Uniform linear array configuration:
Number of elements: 8
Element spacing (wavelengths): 0.5
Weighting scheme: cosine
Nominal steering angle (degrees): -60
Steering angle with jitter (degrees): -61.349
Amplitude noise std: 0.05
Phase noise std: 0.05

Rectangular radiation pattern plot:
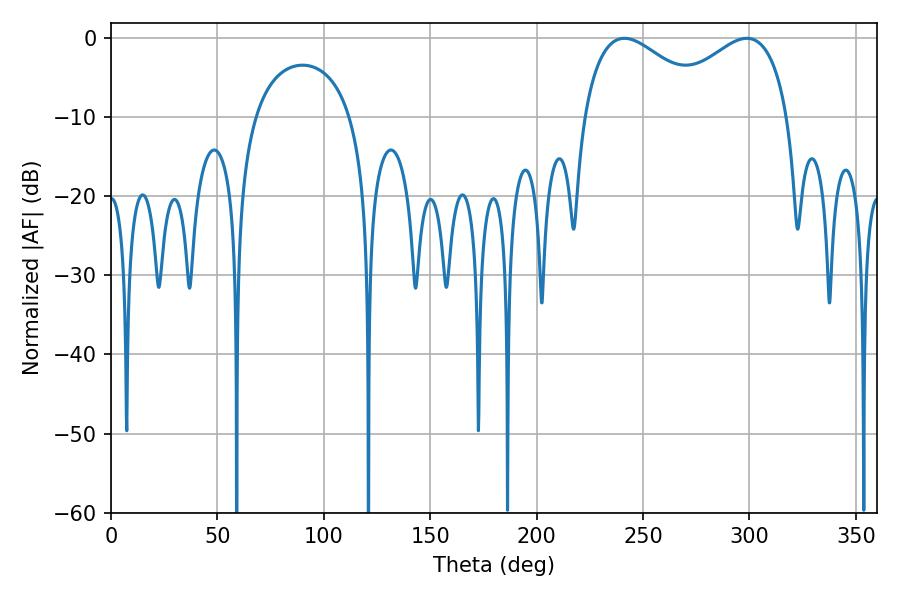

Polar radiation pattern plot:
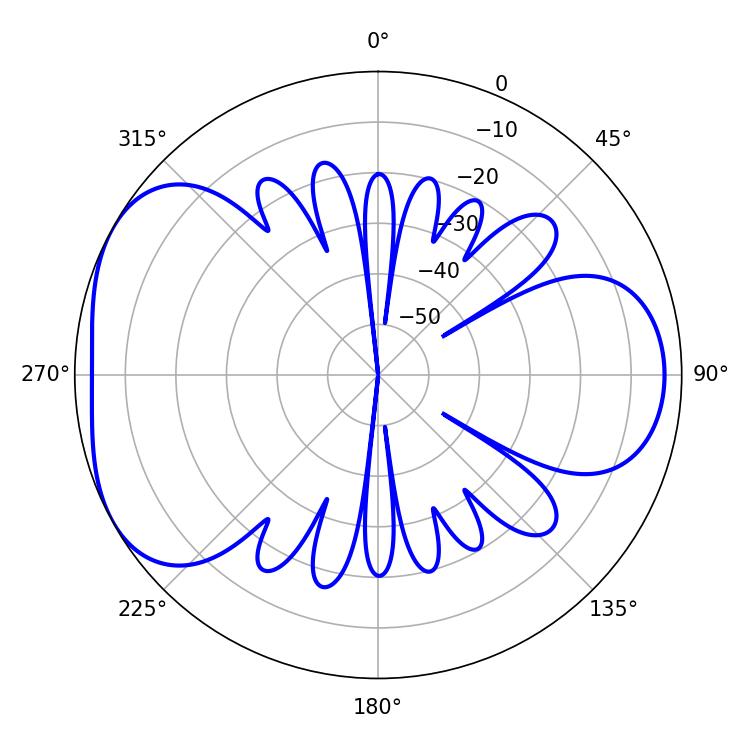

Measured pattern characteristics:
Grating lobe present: FALSE
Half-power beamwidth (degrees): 33.84
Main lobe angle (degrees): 241.2